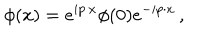
\phi ( x ) = e ^ { i p \cdot x } \phi ( 0 ) e ^ { - i p \cdot x } \, ,